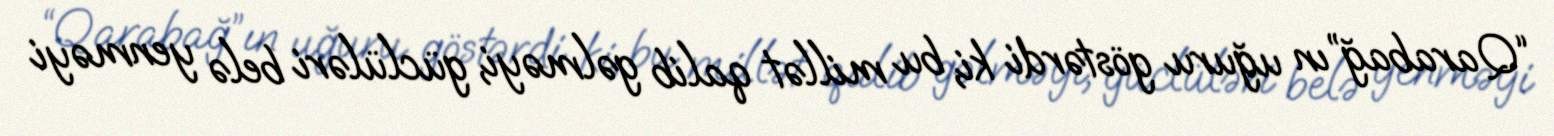
“Qarabağ”ın uğuru göstərdi ki, bu millət qalib gəlməyi, güclüləri belə yenməyi